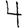
Digit: 4